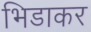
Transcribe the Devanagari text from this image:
भिडाकर